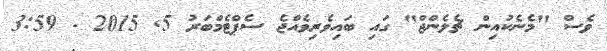
ވެސް "މެނެކުއިން ޗެލެންޖް" ގައި ބައިވެރިވެއްޖެ ސެޕްޓެމްބަރު 5